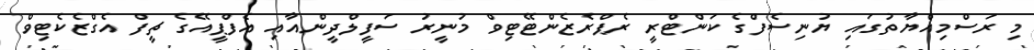
މި ރަސްމިއްޔާތުގައި ޔުނިސެފްގެ ކަންޓްރީ ރެޕްރެޒެންޓޭޓިވް މުނީރު ސަފީލްދީންއާއި އެފްޕީއޭގެ ޗީފް އެގްޒެކެޓިވް